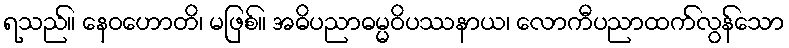
ရသည်။ နေဝဟောတိ၊ မဖြစ်။ အဓိပညာဓမ္မဝိပဿနာယ၊ လောကီပညာထက်လွန်သော